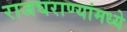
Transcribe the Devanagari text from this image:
राजघराण्यांमध्ये